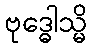
ဗုဒ္ဓေါသ္မိ